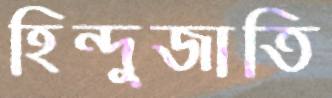
হিন্দুজাতি